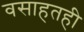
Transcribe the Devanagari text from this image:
वसाहतही